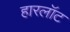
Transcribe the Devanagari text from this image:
हारलॉट